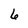
Character: 6